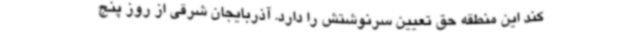
کند این منطقه حق تعیین سرنوشتش را دارد. آذربایجان شرقی از روز پنج